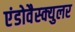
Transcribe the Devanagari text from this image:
एंडोवैस्क्युलर